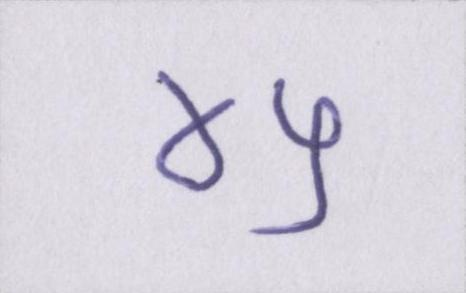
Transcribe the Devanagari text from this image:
४५